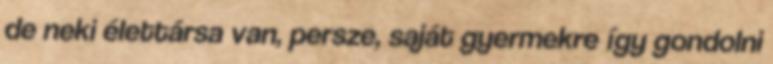
de neki élettársa van, persze, saját gyermekre így gondolni